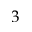
3